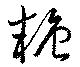
糖